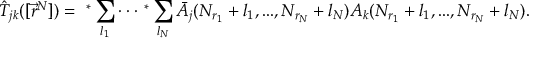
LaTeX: \hat { T } _ { j k } ( [ \vec { r } ^ { N } ] ) = \ ^ { * } \sum _ { l _ { 1 } } \cdot \cdot \cdot \ ^ { * } \sum _ { l _ { N } } \bar { A } _ { j } ( N _ { r _ { 1 } } + l _ { 1 } , . . . , N _ { r _ { N } } + l _ { N } ) A _ { k } ( N _ { r _ { 1 } } + l _ { 1 } , . . . , N _ { r _ { N } } + l _ { N } ) .